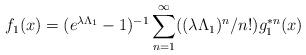
LaTeX: \begin{align*} f_1(x) = (e^{\lambda \Lambda_1}-1)^{-1} \sum_{n=1}^{\infty}((\lambda \Lambda_1)^n/n!) g_1^{\ast n}(x) \end{align*}